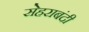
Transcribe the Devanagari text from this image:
सेहराबंदी